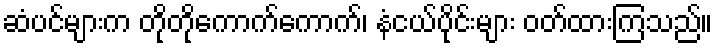
ဆံပင်များက တိုတိုကောက်ကောက်၊ နံငယ်ပိုင်းများ ဝတ်ထားကြသည်။